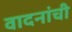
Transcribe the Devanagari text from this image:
वादनांची